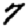
Digit: 7